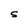
Character: S